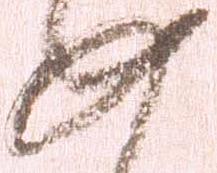
如